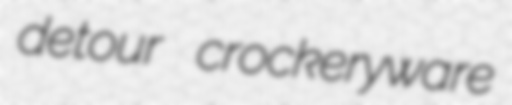
detour crockeryware